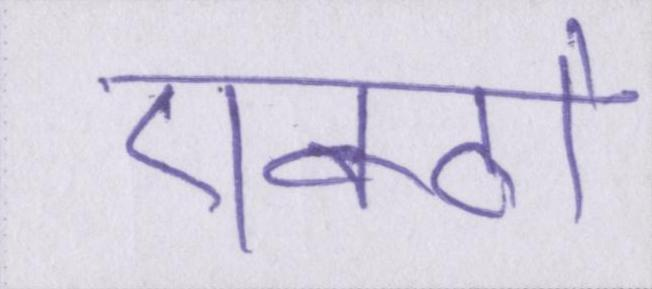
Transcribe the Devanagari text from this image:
एक्ठो